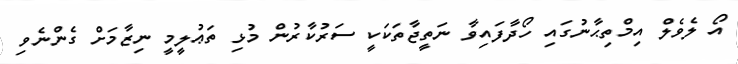
އޯ ލެވެލް އިމްތިޙާނުގައި ހޯދާފައިވާ ނަތީޖާތަކަކީ ސަރުކާރުން މުޅި ތަޢުލީމީ ނިޒާމަށް ގެންނެވި